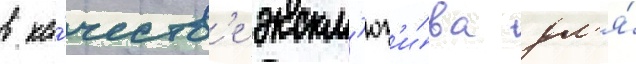
в ка́честв'е экскл'юз'и́ва дл'я́